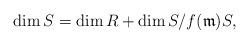
LaTeX: \begin{align*}\dim S=\dim R+\dim S/f(\mathfrak{m})S,\end{align*}